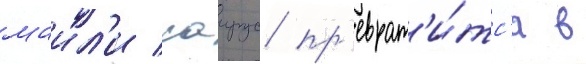
маил'и саирус пр'еврат'и́тс'я в